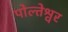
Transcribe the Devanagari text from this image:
पोल्तेश्वर